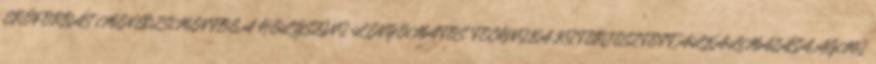
ERŐFORRÁS MENEDZSMENTBE A HELYSZÍNI LENYOMATOS TECHNIKA KITERJESZTETT ALKALMAZÁSA AGMI